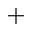
^ +